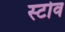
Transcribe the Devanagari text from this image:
स्‍टोव